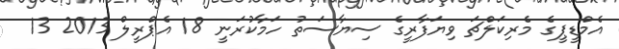
އެމްޑީޕީގެ މެރިކަލްޗަ ވިޔަފާރީގެ ސިޔާސަތު ހަމާކުރަނީ 18 އެޕްރީލް 2013 13